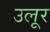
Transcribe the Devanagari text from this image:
उलूर